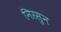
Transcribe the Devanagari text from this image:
निरसुन